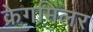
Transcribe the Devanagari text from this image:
क्रेगमिलर